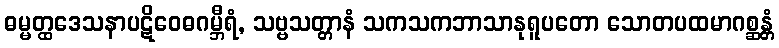
ဓမ္မတ္ထဒေသနာပဋိဝေဓဂမ္ဘီရံ, သဗ္ဗသတ္တာနံ သကသကဘာသာနုရူပတော သောတပထမာဂစ္ဆန္တံ